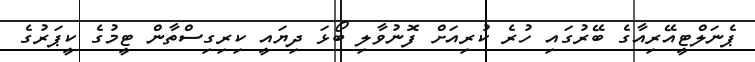
ޕެނަލްޓީއޭރިއާގެ ބޭރުގައި ހުރެ ކުރިއަށް ފޮނުވާލި ބޯޅަ ދިޔައީ ކިރިގިސްތާން ޓީމުގެ ކީޕަރުގެ